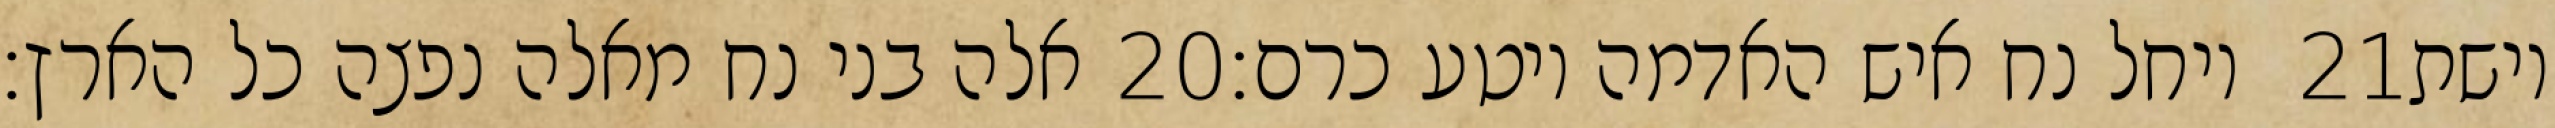
אלה בני נח מאלה נפצה כל הארץ׃ ‎20‏ ויחל נח איש האדמה ויטע כרם׃ ‎21‏ וישת